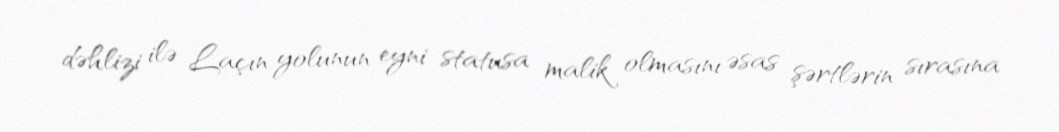
dəhlizi ilə Laçın yolunun eyni statusa malik olmasını əsas şərtlərin sırasına